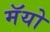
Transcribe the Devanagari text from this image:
मॅयो